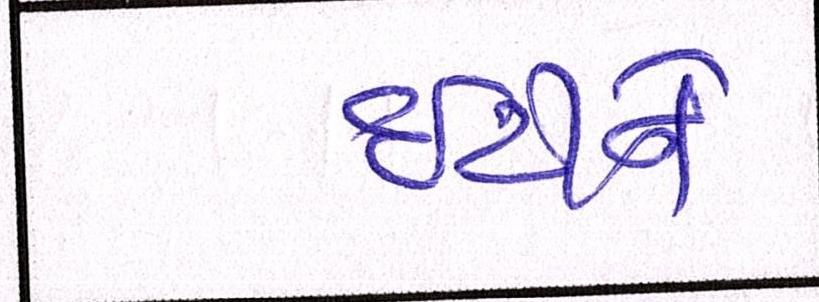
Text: ઇટીને